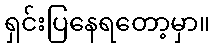
ရှင်းပြနေရတော့မှာ။